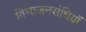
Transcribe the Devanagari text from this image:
विभाजनसंधियाँ